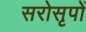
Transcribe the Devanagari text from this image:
सरोसृपों